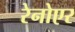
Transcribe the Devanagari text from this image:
रेनोएर